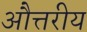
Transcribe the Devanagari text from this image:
औत्तरीय